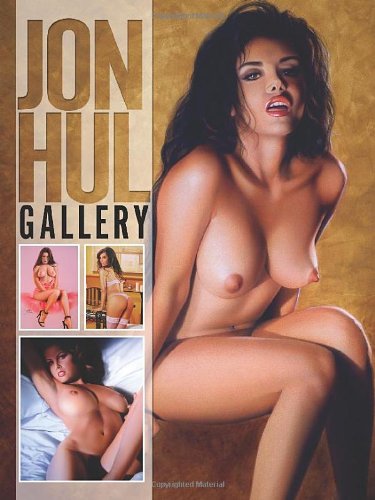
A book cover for Jon Hul Gallery; Jon Hul; Comics & Graphic Novels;